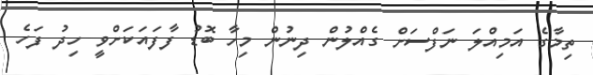
ތިމާގެ އަމިއްލަ ނަފްސަށް ގެއްލުން ދިނުން މިހާ ބޮޑު ފާފައަކަށްވީ ހިދު ފަހެ